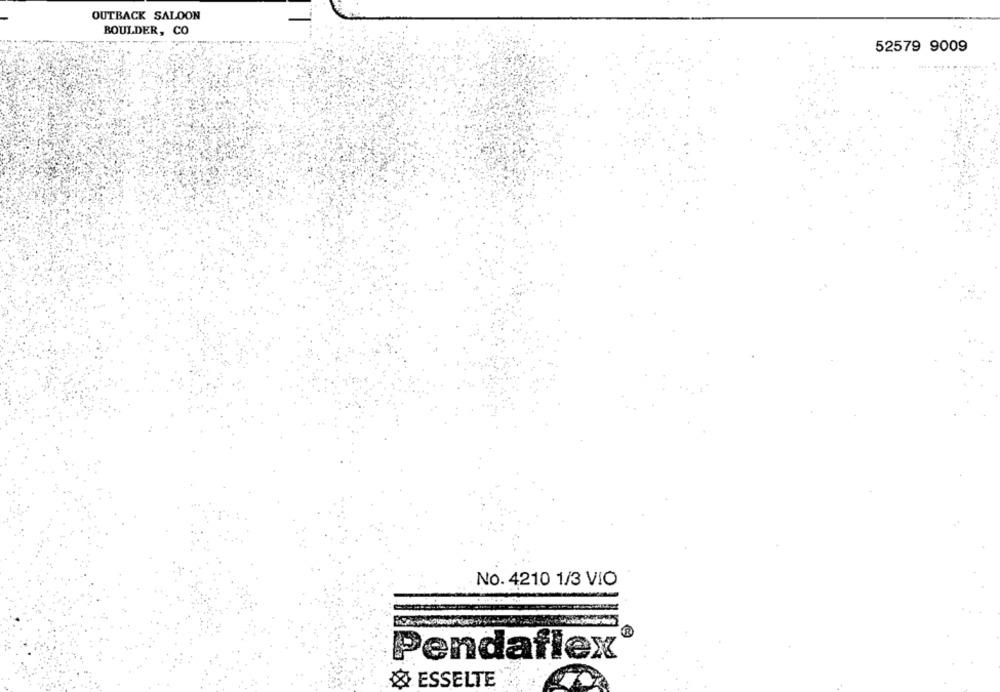
OUTBACK SALOON
BOULDER, CO
52579 9009
No. 4210 1/3 VIO
Pendaflex
ESSELTE